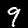
Digit: 9